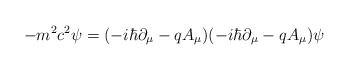
\begin{align*}-m^2c^2\psi =(-i\hbar \partial _\mu -qA_\mu )(-i\hbar \partial _\mu -qA_\mu)\psi \end{align*}